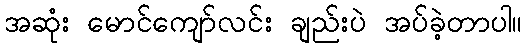
အဆုံး မောင်ကျော်လင်း ချည်းပဲ အပ်ခဲ့တာပါ။